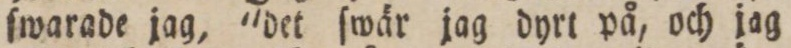
ſwarade jag, 'det ſwär jag dyrt på, och jag